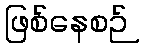
ဖြစ်နေစဉ်